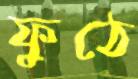
ফুঠে